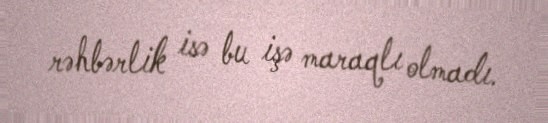
rəhbərlik isə bu işə maraqlı olmadı.